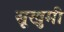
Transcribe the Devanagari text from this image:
सूखुमी